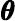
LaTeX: \pmb\theta